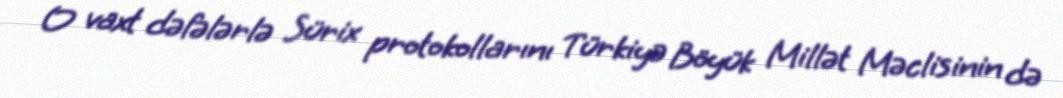
O vaxt dəfələrlə Sürix protokollarını Türkiyə Böyük Millət Məclisinin də